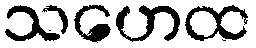
သဟေထ